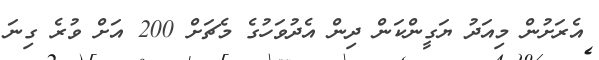
އެރަށުން މިއަދު ޔަގީންކަން ދިން އެދުވަހުގެ މެޗަށް 200 އަށް ވުރެ ގިނަ